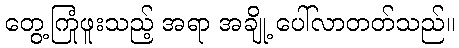
တွေ့ကြုံဖူးသည့် အရာ အချို့ ပေါ်လာတတ်သည်။